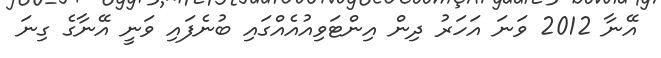
އޭނާ 2012 ވަނަ އަހަރު ދިން އިންޓަވިއުއެއްގައި ބުނެފައި ވަނީ އޭނާގެ ގިނަ